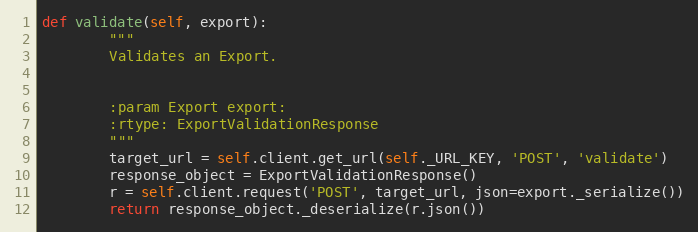
Language: Python
def validate(self, export):
        """
        Validates an Export.

        :param Export export:
        :rtype: ExportValidationResponse
        """
        target_url = self.client.get_url(self._URL_KEY, 'POST', 'validate')
        response_object = ExportValidationResponse()
        r = self.client.request('POST', target_url, json=export._serialize())
        return response_object._deserialize(r.json())